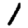
Digit: 1